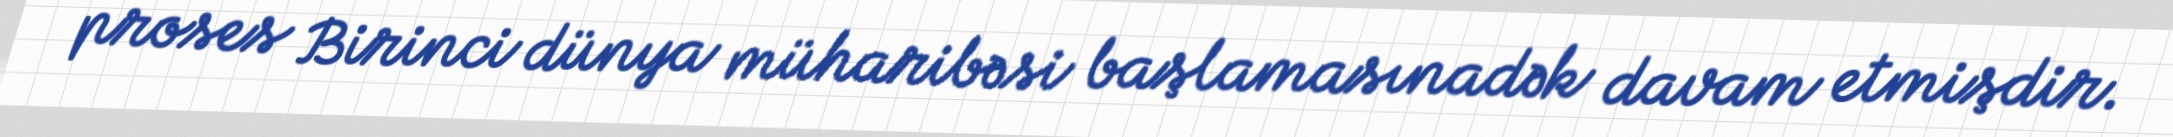
proses Birinci dünya müharibəsi başlamasınadək davam etmişdir.